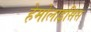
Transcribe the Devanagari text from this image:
हेमोलाइसिस